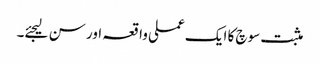
مثبت سوچ کا ایک عملی واقعہ اور سن لیجئے۔